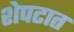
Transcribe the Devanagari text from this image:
शेपटात